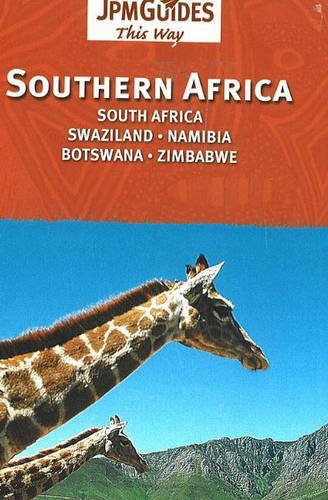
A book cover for Southern Africa: South Africa, Swaziland, Namibia, Botswana, Zimbabwe; Martin Gostelow; Travel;